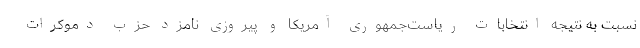
نسبت به نتیجه انتخابات ریاست‌جمهوری آمریکا و پیروزی نامزد حزب دموکرات